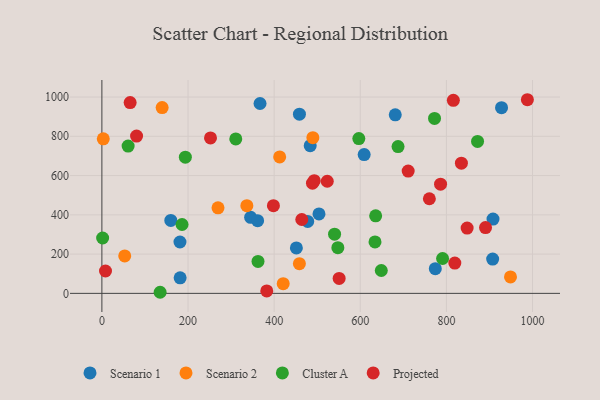
{"axis": {"x": "Speed", "y": "Fuel Efficiency"}, "legend": ["Cluster A", "Projected", "Scenario 1", "Scenario 2"], "data": [{"x": "908.2", "y": 378.6, "type": "Scenario 1"}, {"x": "367.2", "y": 967.1, "type": "Scenario 1"}, {"x": "681.2", "y": 909.3, "type": "Scenario 1"}, {"x": "181.7", "y": 79.3, "type": "Scenario 1"}, {"x": "477.9", "y": 366.2, "type": "Scenario 1"}, {"x": "907.4", "y": 174.8, "type": "Scenario 1"}, {"x": "345.4", "y": 387.1, "type": "Scenario 1"}, {"x": "928.0", "y": 945.9, "type": "Scenario 1"}, {"x": "609.0", "y": 706.8, "type": "Scenario 1"}, {"x": "504.1", "y": 404.8, "type": "Scenario 1"}, {"x": "361.6", "y": 370.4, "type": "Scenario 1"}, {"x": "160.0", "y": 371.4, "type": "Scenario 1"}, {"x": "458.7", "y": 912.4, "type": "Scenario 1"}, {"x": "181.3", "y": 261.7, "type": "Scenario 1"}, {"x": "483.7", "y": 752.3, "type": "Scenario 1"}, {"x": "451.6", "y": 231.7, "type": "Scenario 1"}, {"x": "774.2", "y": 126.0, "type": "Scenario 1"}, {"x": "412.8", "y": 694.8, "type": "Scenario 2"}, {"x": "948.8", "y": 84.0, "type": "Scenario 2"}, {"x": "139.9", "y": 946.3, "type": "Scenario 2"}, {"x": "458.6", "y": 151.0, "type": "Scenario 2"}, {"x": "269.6", "y": 435.5, "type": "Scenario 2"}, {"x": "3.2", "y": 787.2, "type": "Scenario 2"}, {"x": "53.0", "y": 190.7, "type": "Scenario 2"}, {"x": "336.6", "y": 446.7, "type": "Scenario 2"}, {"x": "421.0", "y": 49.6, "type": "Scenario 2"}, {"x": "489.9", "y": 792.8, "type": "Scenario 2"}, {"x": "362.5", "y": 162.8, "type": "Cluster A"}, {"x": "648.8", "y": 116.5, "type": "Cluster A"}, {"x": "186.1", "y": 350.8, "type": "Cluster A"}, {"x": "540.3", "y": 301.5, "type": "Cluster A"}, {"x": "687.7", "y": 747.6, "type": "Cluster A"}, {"x": "60.9", "y": 750.4, "type": "Cluster A"}, {"x": "772.4", "y": 890.8, "type": "Cluster A"}, {"x": "1.7", "y": 282.1, "type": "Cluster A"}, {"x": "791.1", "y": 177.7, "type": "Cluster A"}, {"x": "135.2", "y": 5.6, "type": "Cluster A"}, {"x": "634.2", "y": 261.9, "type": "Cluster A"}, {"x": "872.3", "y": 773.6, "type": "Cluster A"}, {"x": "547.9", "y": 232.6, "type": "Cluster A"}, {"x": "310.9", "y": 786.7, "type": "Cluster A"}, {"x": "635.7", "y": 394.7, "type": "Cluster A"}, {"x": "193.8", "y": 693.4, "type": "Cluster A"}, {"x": "596.6", "y": 788.4, "type": "Cluster A"}, {"x": "848.1", "y": 332.7, "type": "Projected"}, {"x": "65.6", "y": 971.5, "type": "Projected"}, {"x": "816.1", "y": 983.1, "type": "Projected"}, {"x": "489.0", "y": 561.0, "type": "Projected"}, {"x": "80.5", "y": 801.0, "type": "Projected"}, {"x": "550.9", "y": 76.2, "type": "Projected"}, {"x": "988.0", "y": 986.2, "type": "Projected"}, {"x": "8.4", "y": 113.9, "type": "Projected"}, {"x": "382.8", "y": 12.4, "type": "Projected"}, {"x": "819.5", "y": 154.1, "type": "Projected"}, {"x": "252.2", "y": 791.6, "type": "Projected"}, {"x": "760.4", "y": 481.8, "type": "Projected"}, {"x": "834.8", "y": 662.9, "type": "Projected"}, {"x": "711.2", "y": 622.9, "type": "Projected"}, {"x": "890.8", "y": 334.9, "type": "Projected"}, {"x": "464.2", "y": 376.1, "type": "Projected"}, {"x": "523.3", "y": 571.1, "type": "Projected"}, {"x": "493.1", "y": 573.8, "type": "Projected"}, {"x": "398.3", "y": 446.7, "type": "Projected"}, {"x": "786.4", "y": 555.9, "type": "Projected"}]}